Vaccination Hyderabad 1890-1903 - 1890-1903
Year: 1890
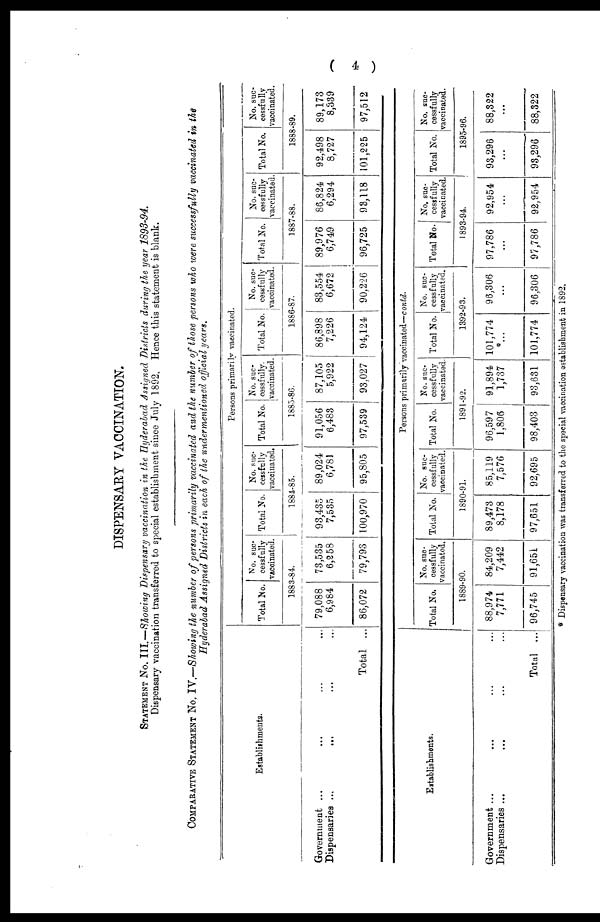
(
4 )
DISPENSARY VACCINATION.
STATEMENT No. III.—Showing Dispensary vaccination in the Hyderabad Assigned Districts during the year 1893-94.
Dispensary vaccination transferred to special establishment since July 1892. Hence this statement is blank.
COMPARATIVE STATEMENT No. IV.—Showing the number of persons primarily vaccinated and the number of those persons who were successfully vaccinated in the
Hyderabad Assigned Districts in each of the undermentioned official years.
Establishments.
Government ... ... ... ...
Dispensaries ... ... ... ...
Total ...
Persons primarily vaccinated.
Total No.
No. suc-
cessfully
vaccinated.
1883-84.
79,088
6,984
86,072
73,535
6,258
79,793
Total No.
No. suc¬
cessfully
vaccinated.
1884-85.
93,435
7,535
100,970
89,024
6,781
95,805
Total No.
No. suc-
cessfully.
vaccinated.
1885-86.
91,056
6,483
97,539
87,105
5,922
93,027
Total No.
No. suc¬
cessfully
vaccinated.
1886-87.
86,898
7,226
94,124
83,554
6,672
90,226
Total No.
No. suc-
cessfully
vaccinated.
1887-88.
89,976
6,749
96,725
86,824
6,294
93,118
Total No.
No. suc-
cessfully
vaccinated.
1888-89.
92,498
8,727
101,225
89,173
8,339
97,512
Establishments.
Government ... ... ... ...
Dispensaries ... ... ... ...
Total ...
Persons primarily vaccinated—contd.
Total No.
No. suc-
cessfully
vaccinated.
1889-90.
88,974
7,771
96,745
84,209
7,442
91,651
Total No.
No. suc-
cessfully
vaccinated.
1890-91.
89,473
8,178
97,651
85,119
7,576
92,695
Total No.
No. suc-
cessfully
vaccinated.
1891-92.
96,597
1,806
98,403
91,894
1,737
93,631
Total No.
No. suc-
cessfully
vaccinated.
1392-93.
101,774
*...
101,774
96,306
...
96,306
Total No.
No. suc-
cessfully
vaccinated.
1893-94.
97,786
...
97,786
92,954
...
92,954
Total No.
No. suc-
cessfully
vaccinated.
1895-96.
93,296
...
93,296
88,322
...
88,322
* Dispensary vaccination was transferred to the special vaccination establishment in 1892.